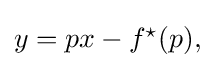
{\textstyle y=px-f^{\star }(p),}